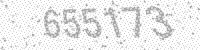
Solution: 655173